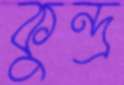
কুন্দ্র